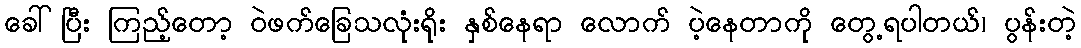
ခေါ်ပြီး ကြည့်တော့ ဝဲဖက်ခြေသလုံးရိုး နှစ်နေရာ လောက် ပဲ့နေတာကို တွေ့ရပါတယ်၊ ပွန်းတဲ့